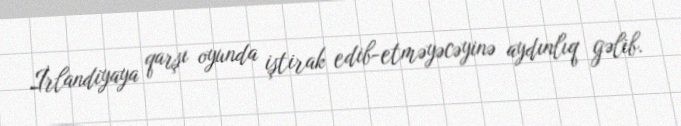
İrlandiyaya qarşı oyunda iştirak edib-etməyəcəyinə aydınlıq gəlib.